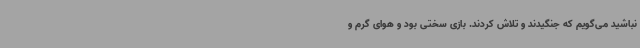
نباشید می‌گویم که جنگیدند و تلاش کردند. بازی سختی بود و هوای گرم و